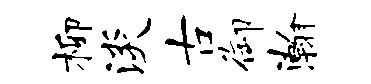
柳淡古御瀚